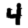
Digit: 4